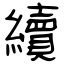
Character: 續